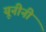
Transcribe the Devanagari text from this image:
यूनीनी